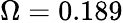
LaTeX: \Omega=0.189